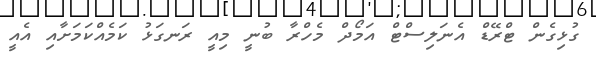
ގުޅިގެން ޓްރޭޑް އެނަލިސްޓް އަމޯދް މެހްރާ ބުނީ މިއީ ރަނގަޅު ކަމެއްކަމަށާއި އެއީ